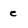
Character: e